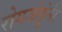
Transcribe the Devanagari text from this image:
रोगजंतूंनी